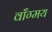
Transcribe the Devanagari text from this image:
वाँग्मय